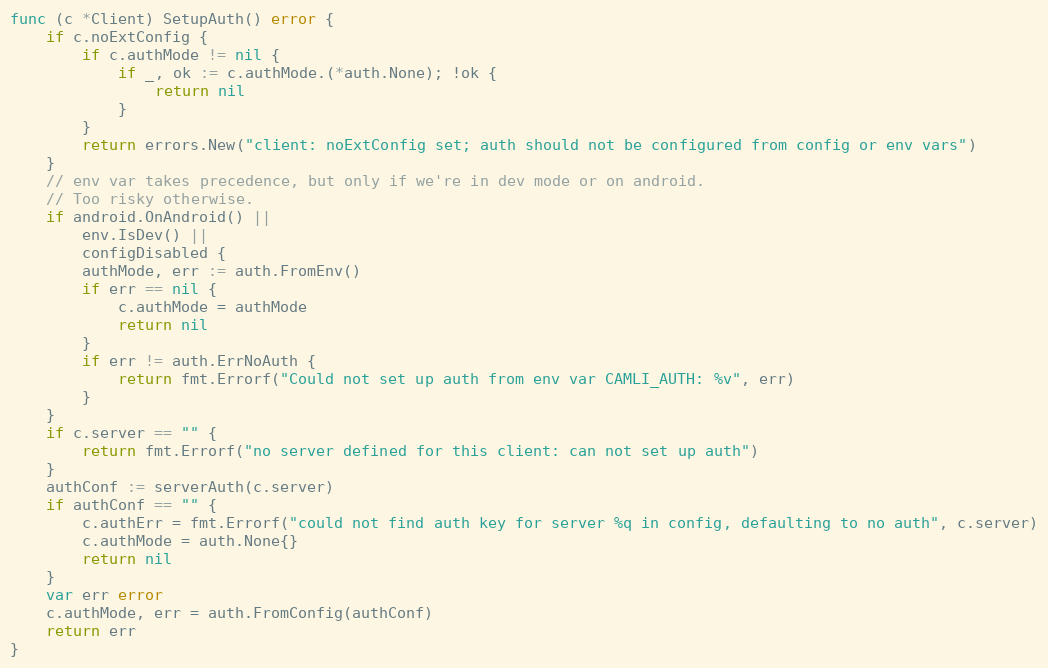
Language: Go
func (c *Client) SetupAuth() error {
	if c.noExtConfig {
		if c.authMode != nil {
			if _, ok := c.authMode.(*auth.None); !ok {
				return nil
			}
		}
		return errors.New("client: noExtConfig set; auth should not be configured from config or env vars")
	}
	// env var takes precedence, but only if we're in dev mode or on android.
	// Too risky otherwise.
	if android.OnAndroid() ||
		env.IsDev() ||
		configDisabled {
		authMode, err := auth.FromEnv()
		if err == nil {
			c.authMode = authMode
			return nil
		}
		if err != auth.ErrNoAuth {
			return fmt.Errorf("Could not set up auth from env var CAMLI_AUTH: %v", err)
		}
	}
	if c.server == "" {
		return fmt.Errorf("no server defined for this client: can not set up auth")
	}
	authConf := serverAuth(c.server)
	if authConf == "" {
		c.authErr = fmt.Errorf("could not find auth key for server %q in config, defaulting to no auth", c.server)
		c.authMode = auth.None{}
		return nil
	}
	var err error
	c.authMode, err = auth.FromConfig(authConf)
	return err
}